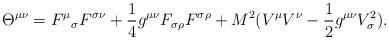
LaTeX: \begin{align*}\Theta^{\mu\nu}={F^{\mu}}_{\sigma}F^{\sigma\nu} +{1\over 4}g^{\mu\nu}F_{\sigma\rho}F^{\sigma\rho}+M^2(V^\mu V^\nu - {1\over 2}g^{\mu\nu}V_\sigma^2).\end{align*}